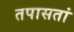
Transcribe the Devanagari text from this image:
तपासतां